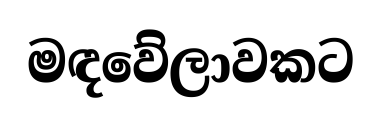
මඳවේලාවකට